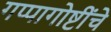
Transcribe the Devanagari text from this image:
गप्पागोष्टींचे